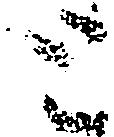
と